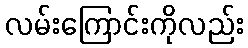
လမ်းကြောင်းကိုလည်း